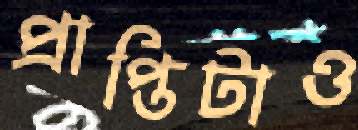
প্রাপ্তিটাও